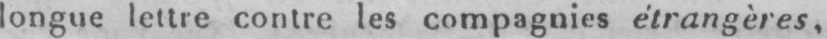
longue lettre contre les compagnie étrangères,